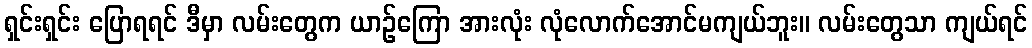
ရှင်းရှင်း ပြောရရင် ဒီမှာ လမ်းတွေက ယာဉ်ကြော အားလုံး လုံလောက်အောင်မကျယ်ဘူး။ လမ်းတွေသာ ကျယ်ရင်